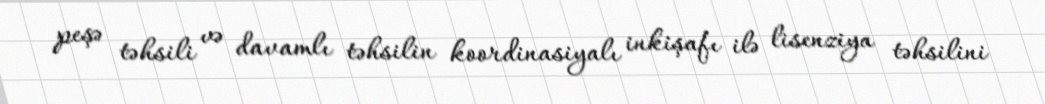
peşə təhsili və davamlı təhsilin koordinasiyalı inkişafı ilə lisenziya təhsilini